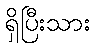
ရှိပြီးသား